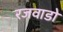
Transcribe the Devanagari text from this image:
रजवाडो